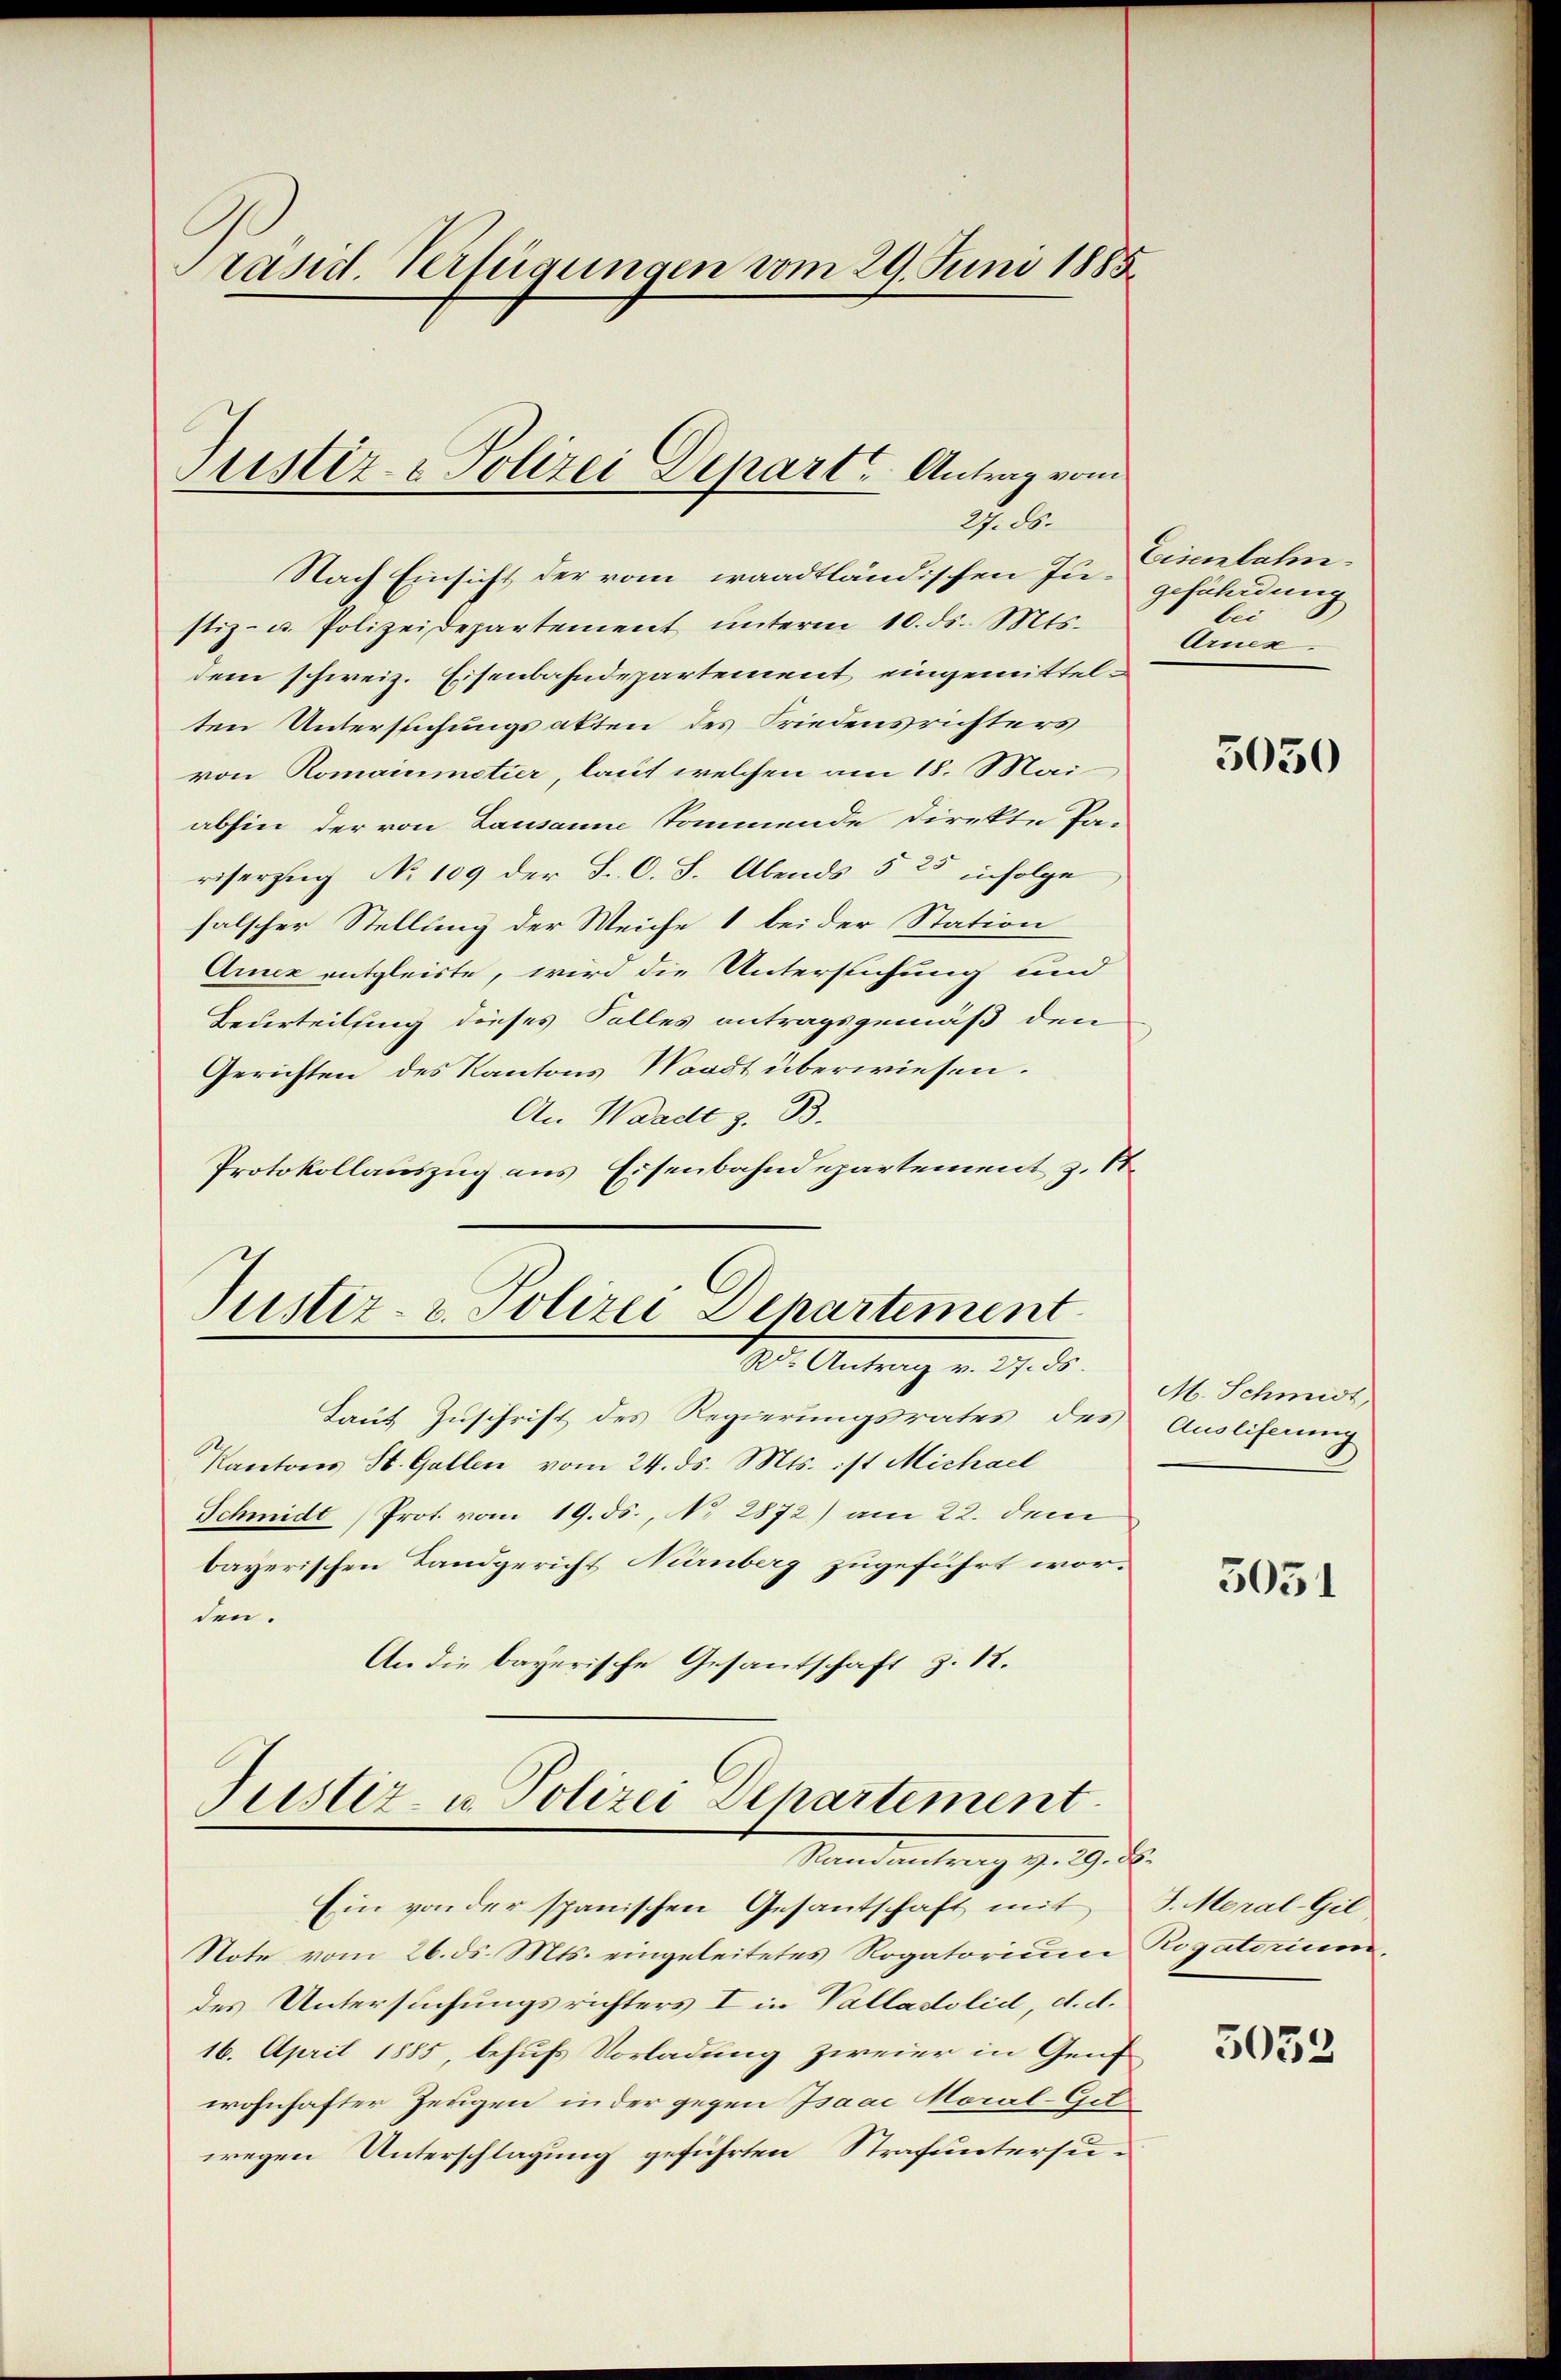
Präsid. Verfügungen vom 29. Juni 1885.

Stistiz- & Polizei Depart Antrag vom
 ebe

Nach Einsicht der vom waadtländischen Justiz- u. Polizeidepartement ŭnterm 10. ds. Mts.
dem schweiz. Eisenbahndepartement, eingemittelten Untersuchungsakten des Friedensrichters
von Romainmotier, laut welchen am 18. Mai
abhin der von Lausanne kommende direkte Pa-
riserzug No 109 der S. O. S. Abends 525 infolge
falscher Stellung der Weiche 1 bei der Station
Arnez entgleiste, wird die Untersuchung und
Beuerteilung dieses Falles antragsgemäß den
Gerichten des Kantons Waadt überwiesen.
An Waadt z. B.
Protokollauszug aus Eisenbahndepartement z. St.

Justiz- & Polizei Departement
197. Antrag v. 17. d.

Laut Zuschrift des Regierungsrates des Ausliferung
Kantons St. Gallen vom 24. ds. Mts. ist Michael
Schmidt Prot. vom 19. ds., No 2872) am 22. dem
bayerischen Landgericht Nürnberg zugeführt worden.
An die bayerische Gesantschaft z. 18.

Justiz- u. Polizei Departement
Standentrag 7. 19. d.

Ein von der spanischen Gesantschaft mit
Note vom 26. ds. Mts. eingeleitetes Rogatorium Rogatorium,
des Untersuchungsrichters I in Valladolid, d. d.
16. April 1885, behufs Vorladung zweier in Genf
wohnhafter Zeugen in der gegen Isaac Moral-Git
wegen Unterschlagung geführten Strafuntersu¬

Eisenbahn.
gefährdung
bei
Arnen.

5050

M. Schmidt,

5051

J. Moral-Gil

5053